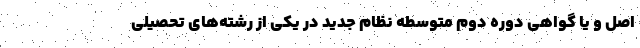
اصل و یا گواهی دوره دوم متوسطه نظام جدید در یکی از رشته‌های تحصیلی